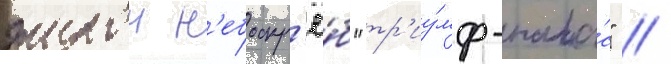
жилои н'ебоскр'ё́б "тр'иу́мф-пала́с" //